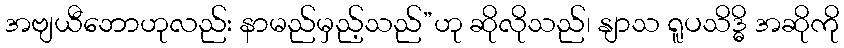
အဗျယီဘောဟုလည်း နာမည်မှည့်သည်”ဟု ဆိုလိုသည်၊ နျာသ ရူပသိဒ္ဓိ အဆိုကို